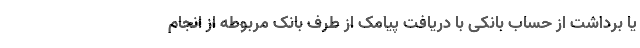
یا برداشت از حساب بانکی با دریافت پیامک از طرف بانک مربوطه از انجام